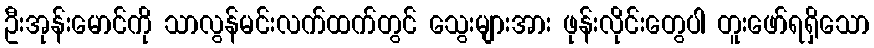
ဦးအုန်းမောင်ကို သာလွန်မင်းလက်ထက်တွင် သွေးများအား ဖုန်းလိုင်းတွေပါ တူးဖော်ရရှိသော